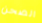
الصحن